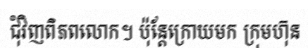
ជុំវិញពិភពលោក។ ប៉ុន្តែក្រោយមក ក្រុមហ៊ុន